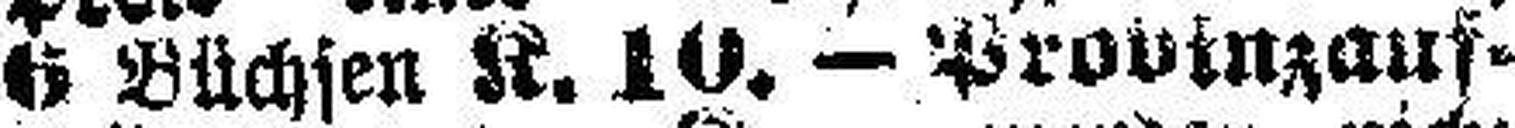
6 Büchsen K. 10.— Provinzauf¬